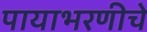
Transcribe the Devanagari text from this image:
पायाभरणीचे